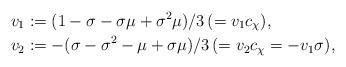
LaTeX: \begin{align*}v_1&:=(1-\sigma-\sigma\mu+\sigma^2\mu)/3\,(=v_1c_\chi),\\v_2&:=-(\sigma-\sigma^2-\mu+\sigma\mu)/3\,(=v_2c_\chi=-v_1\sigma),\end{align*}